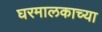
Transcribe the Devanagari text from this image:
घरमालकाच्या